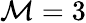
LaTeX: \mathcal{M}=3